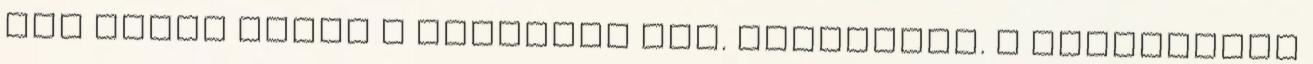
idő múlva ismét a küszöbön ült. Foltozott. A leánykának